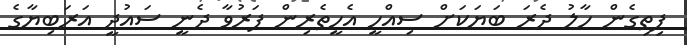
ފިތިގެން ހާލު ދެރަ ބަޔަކަށް ސިއްހީ އެހީތެރިން ފަރުވާ ދެނީ ސައުދީ އަރަބިޔާގެ